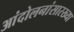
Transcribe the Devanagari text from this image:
आंदोलनांसारख्या